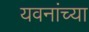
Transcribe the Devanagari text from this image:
यवनांच्या